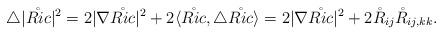
LaTeX: \begin{align*}\triangle|\mathring{Ric}|^2=2|\nabla \mathring{Ric}|^2+2\langle \mathring{Ric}, \triangle \mathring{Ric}\rangle=2|\nabla \mathring{Ric}|^2+2\mathring{R}_{ij}\mathring{R}_{ij,kk}.\end{align*}